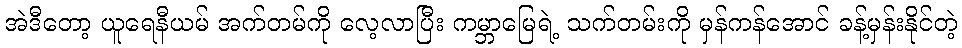
အဲဒီတော့ ယူရေနီယမ် အက်တမ်ကို လေ့လာပြီး ကမ္ဘာမြေရဲ့ သက်တမ်းကို မှန်ကန်အောင် ခန့်မှန်းနိုင်တဲ့